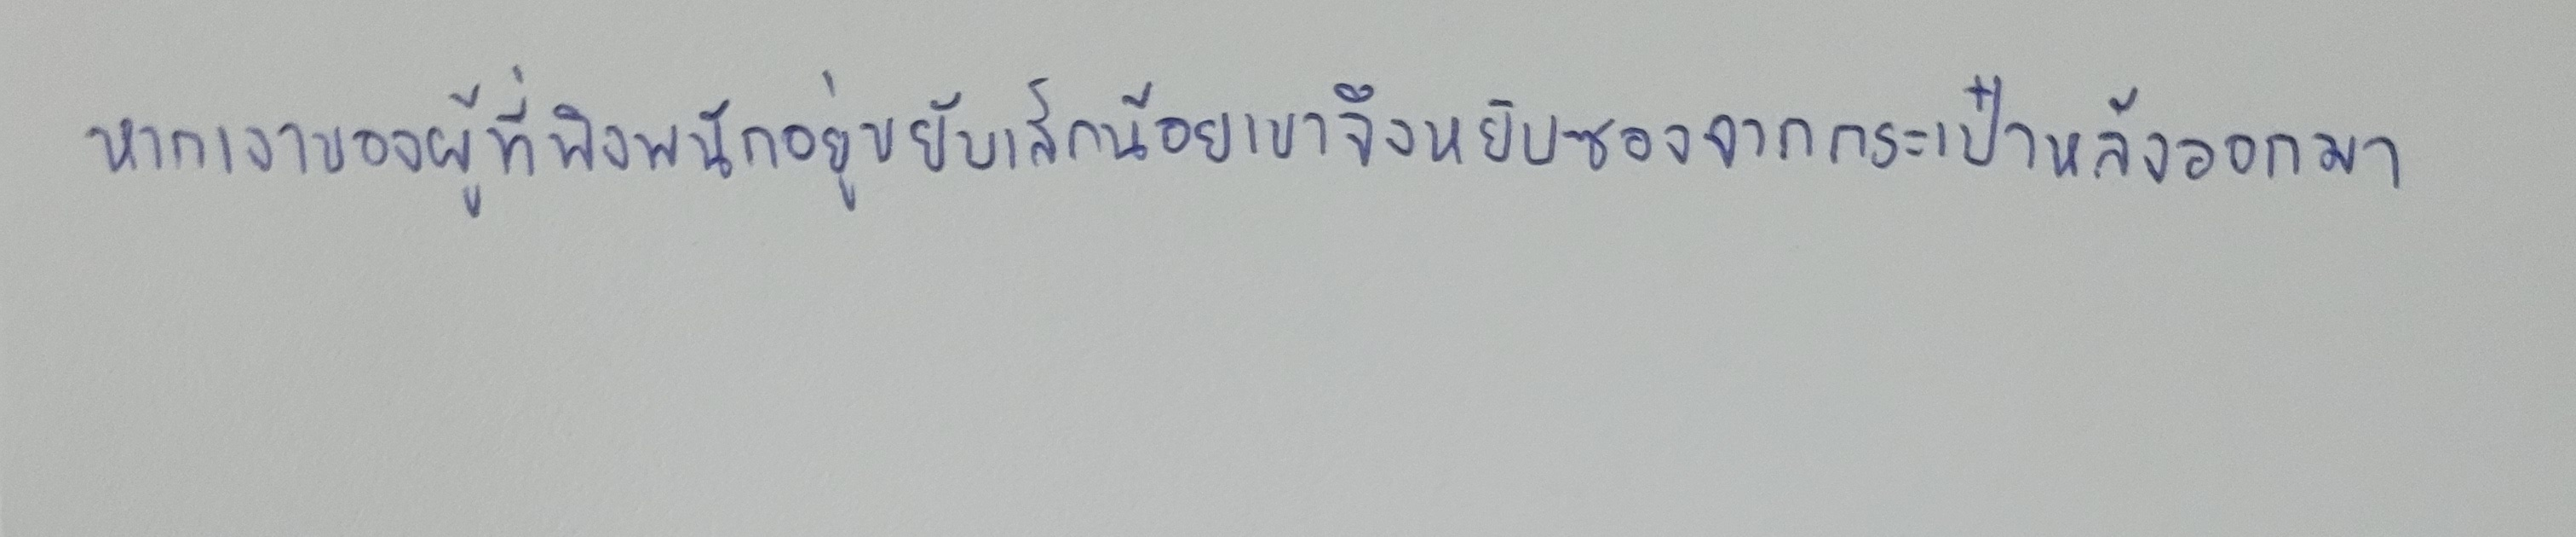
หากเงาของผู้ที่พิงพนักอยู่ขยับเล็กน้อยเขาจึงหยิบซองจากกระเป๋าหลังออกมา